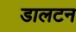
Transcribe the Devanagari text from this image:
डालटन